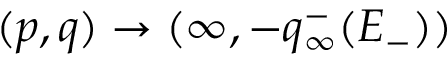
( p , q ) \to ( \infty , - q _ { \infty } ^ { - } ( E _ { - } ) )